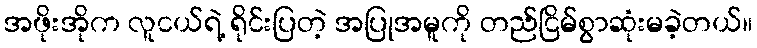
အဖိုးအိုက လူငယ်ရဲ့ ရိုင်းပြတဲ့ အပြုအမူကို တည်ငြိမ်စွာဆုံးမခဲ့တယ်။